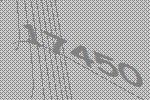
17450